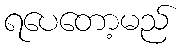
ရပေတော့မည်